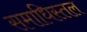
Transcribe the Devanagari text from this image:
समाधिस्तल